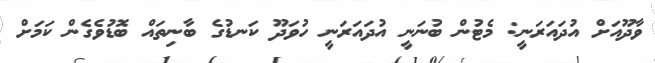
ވާދޫއަށް އުދައަރަނީ: މެޓުން ބުނަނީ އުދައަރަނީ ހުވަދޫ ކަނޑުގެ ބާނިތައް ބޮޑުވެގެން ކަމަށް